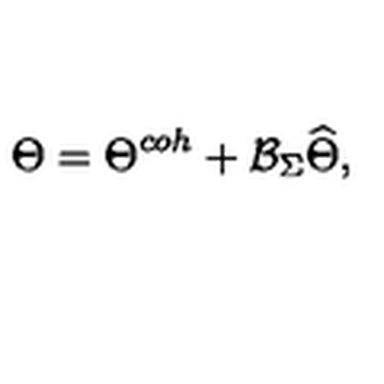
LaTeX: \Theta = \Theta ^ { c o h } + \mathcal { B } _ { \Sigma } \widehat { \Theta } ,